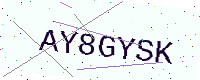
Text: AY8GYSK